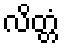
လိတ္တံ